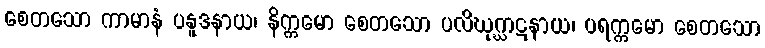
စေတသော ကာမာနံ ပနူဒနာယ၊ နိက္ကမော စေတသော ပလိဃုဂ္ဃာဋနာယ၊ ပရက္ကမော စေတသော